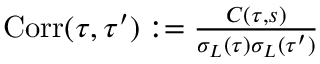
\begin{array} { r } { \mathrm { C o r r } ( \tau , \tau ^ { \prime } ) : = \frac { C ( \tau , s ) } { \sigma _ { L } ( \tau ) \sigma _ { L } ( \tau ^ { \prime } ) } } \end{array}